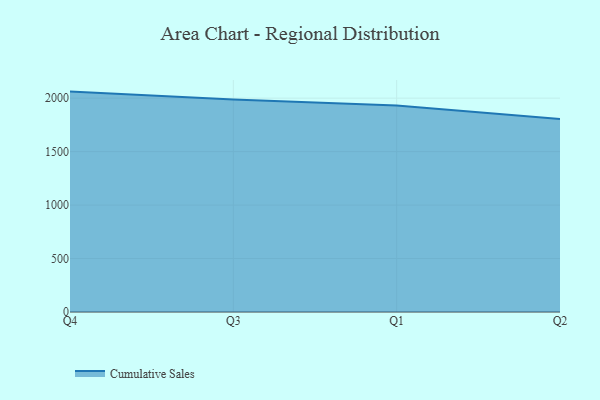
{"axis": {"x": "Quarter", "y": "Churn Rate (%)"}, "legend": ["Cumulative Sales"], "data": [{"x": "Q4", "y": 2061.2, "type": "Cumulative Sales"}, {"x": "Q3", "y": 1987.3, "type": "Cumulative Sales"}, {"x": "Q1", "y": 1931.8, "type": "Cumulative Sales"}, {"x": "Q2", "y": 1806.1, "type": "Cumulative Sales"}]}